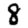
Digit: 8